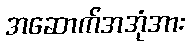
အဆောက်အအုံအား